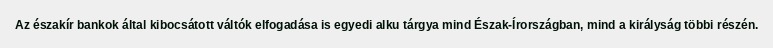
Az északír bankok által kibocsátott váltók elfogadása is egyedi alku tárgya mind Észak-Írországban, mind a királyság többi részén.